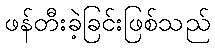
ဖန်တီးခဲ့ခြင်းဖြစ်သည်